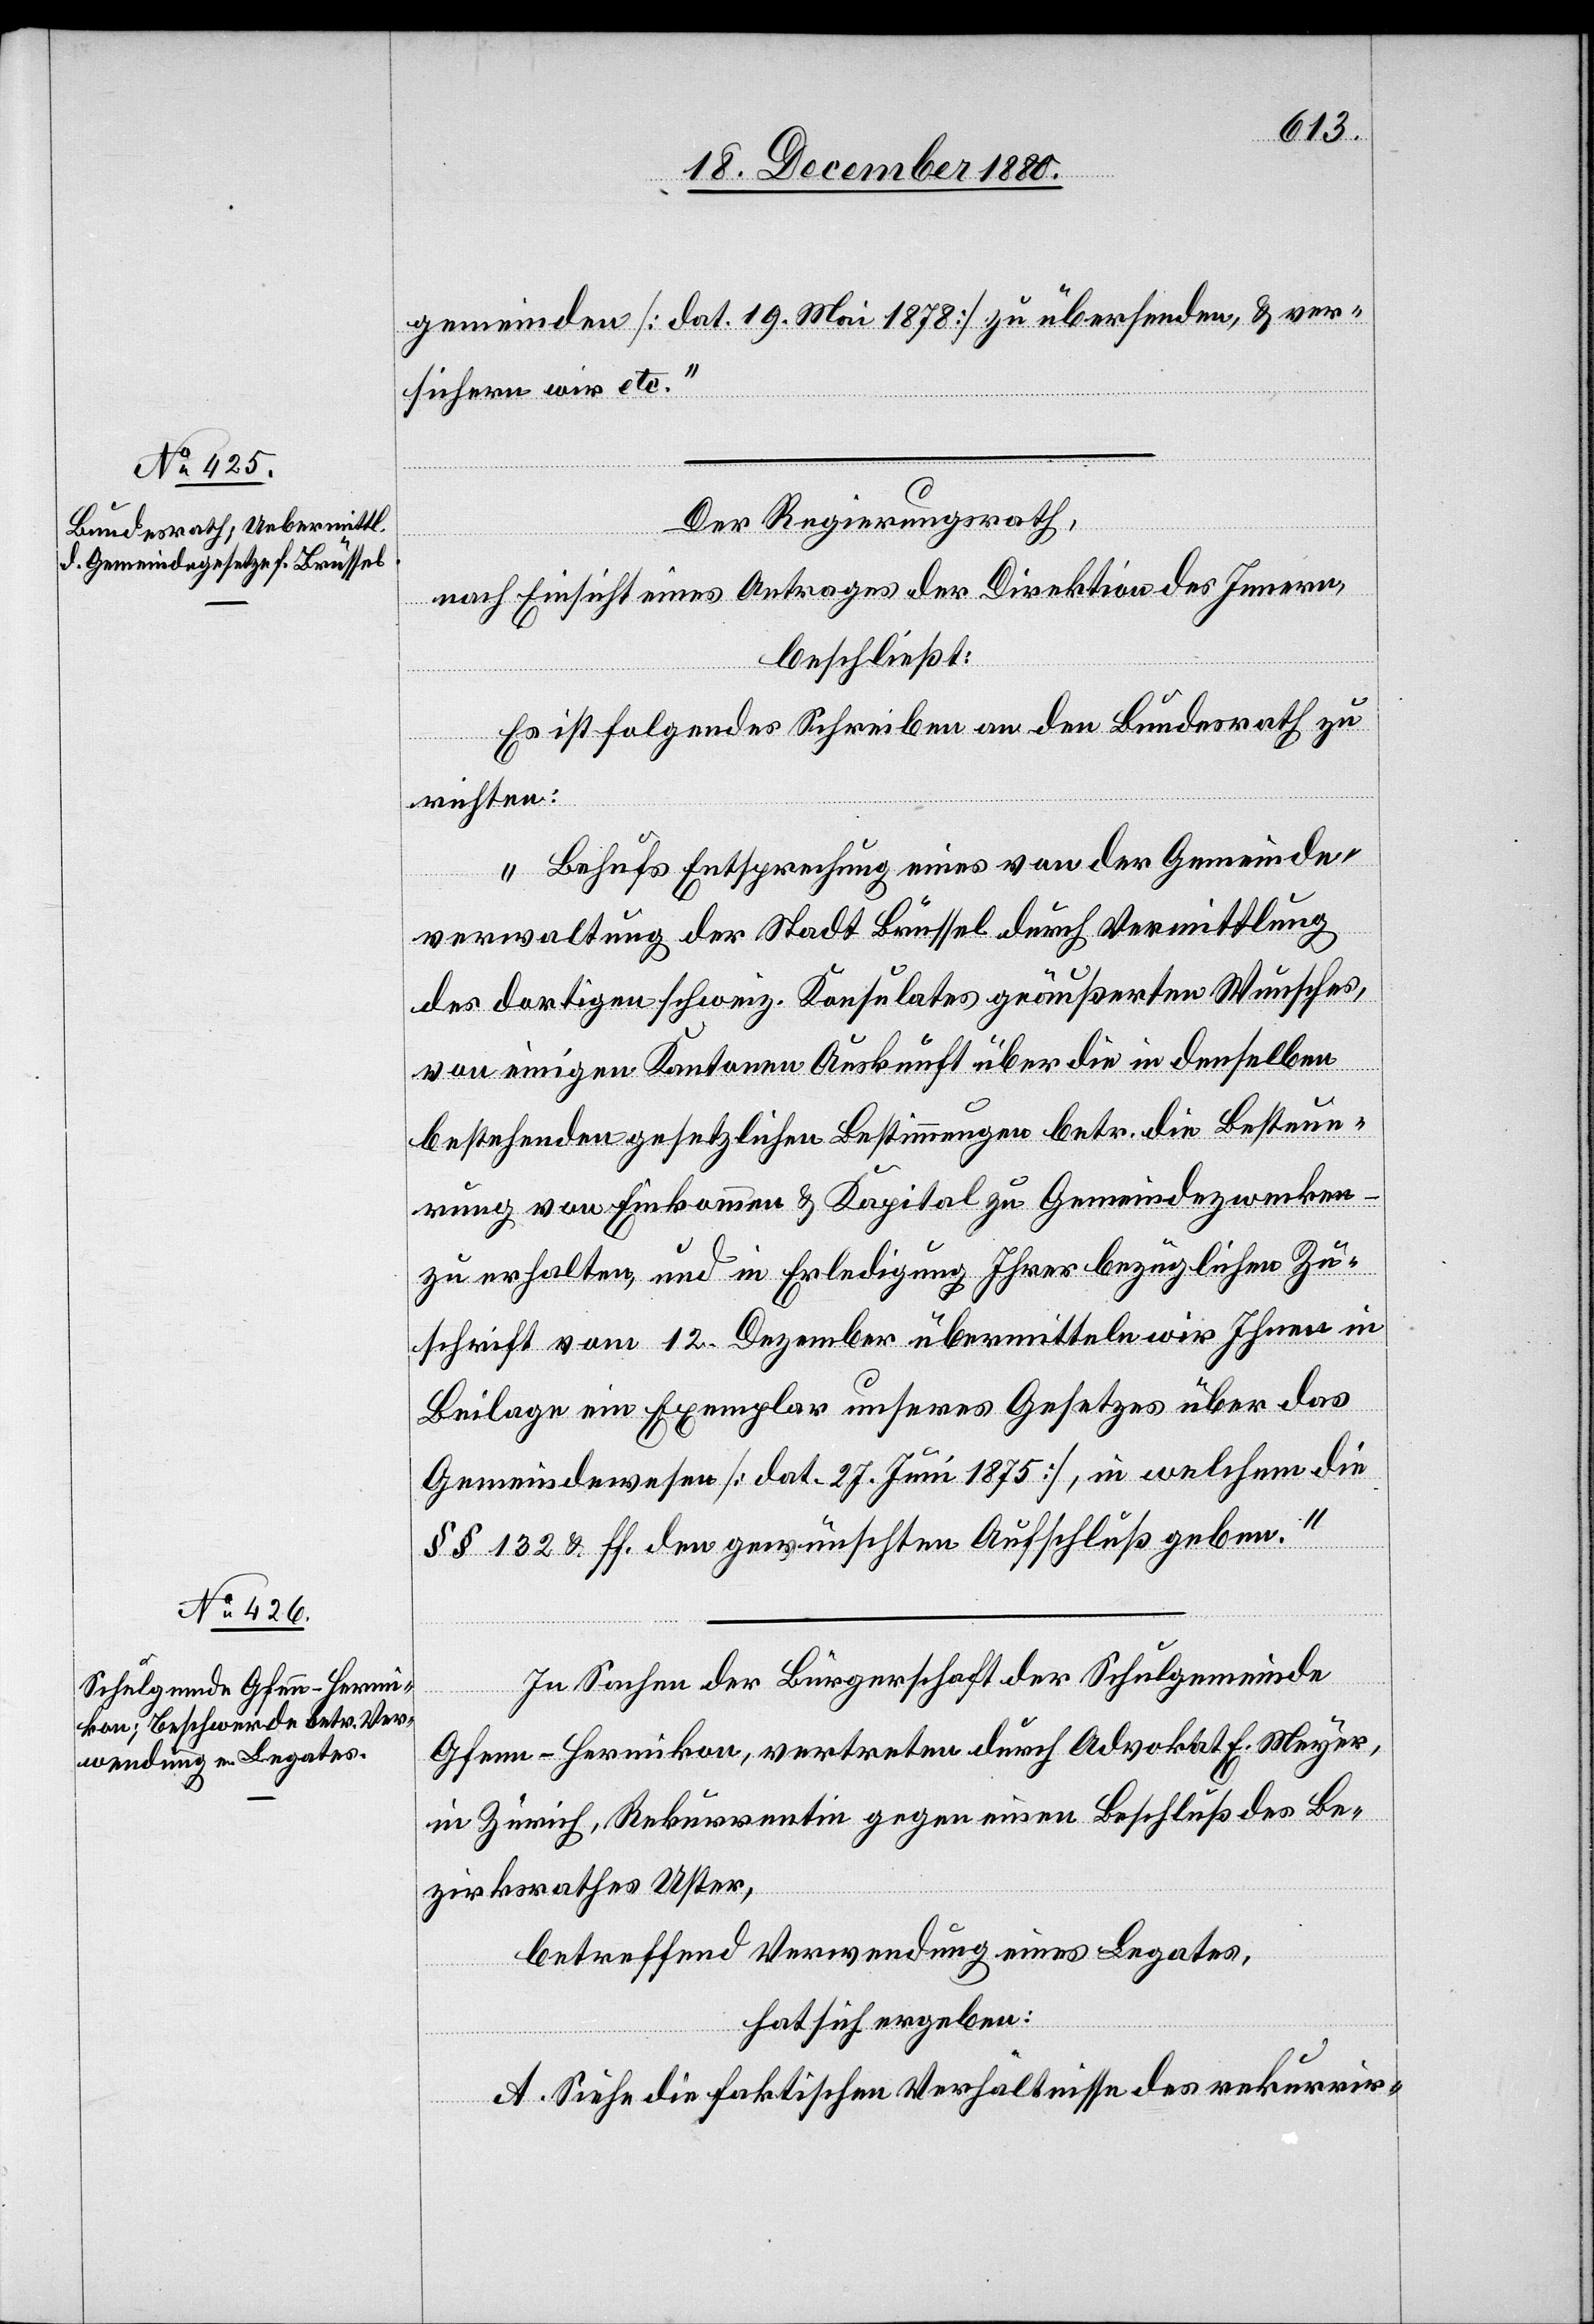
Der Regierungsrath,
nach Einsicht eines Antrages der Direktion des Innern,
beschließt:
Es ist folgendes Schreiben an den Bundesrath zu
richten:
„Behufs Entsprechung eines von der Gemeinde¬
verwaltung der Stadt Brüssel durch Vermittlung
der dortigen schweiz. Konsulates geäußerten Wunsches
von einigen Kantonen Auskunft über die in denselben
bestehenden gesetzlichen Bestimmungen betr. die Besteue¬
rung von Einkommen & Kapital zu Gemeindezwecken
zu erhalten, und in Erledigung Ihrer bezüglichen Zu¬
schrift vom 12. Dezember übermitteln wir Ihnen in
Belage ein Exemplar unseres Gesetzes über das
Gemeindewesen [dat. 27. Juni 1875], in welchem die
§§ 132 & ff. den gewünschten Aufschluß geben.“
In Sachen der Bürgerschaft der Schulgemeinde
Gfenn - Hermikon, vertreten durch Advokat E. Meyer,
in Zürich, Rekurrentin gegen einen Beschluß des Be¬
zirksrathes Uster,
betreffend Verwendung eines Legates,
hat sich ergeben:
A. Siehe die faktischen Verhältnisse des rekurrir-